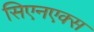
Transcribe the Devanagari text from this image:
सिएनएक्स